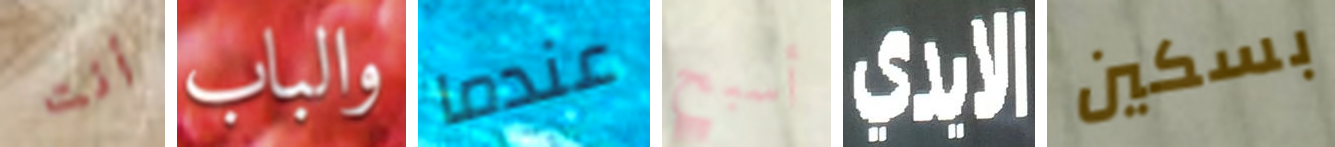
أنت والباب عندما أسبح الايدي بسكين